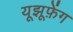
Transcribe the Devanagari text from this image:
यूझूफ़ेंग